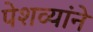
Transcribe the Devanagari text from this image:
पेशव्यांने